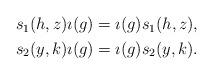
LaTeX: \begin{align*} \begin{aligned} s_1(h,z)\imath(g) & = \imath(g)s_1(h,z),\\ s_2(y,k)\imath(g) & = \imath(g)s_2(y,k). \end{aligned} \end{align*}